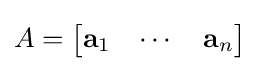
A={\begin{bmatrix}\mathbf {a} _{1}&\cdots &\mathbf {a} _{n}\end{bmatrix}}